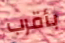
بأقرب